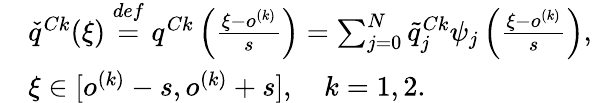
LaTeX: \begin{array}{rl}&{\check{q}^{Ck}(\xi)\overset{def}{=}q^{Ck}\left(\frac{\xi-o^{(k)}}{s}\right)=\sum_{j=0}^{N}\tilde{q}_{j}^{Ck}\psi_{j}\left(\frac{\xi-o^{(k)}}{s}\right),}\\ &{\xi\in[o^{(k)}-s,o^{(k)}+s],\quad k=1,2.}\end{array}